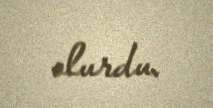
olurdu.